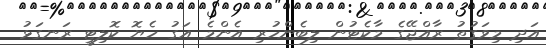
އަދި މިވަގުތު ރާއްޖޭގެ މާކެޓުން ލިބެންހުރި އެންމެ އަގު ހެޔޮ ކޮލިޓީ ރަނގަޅު